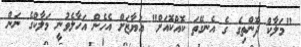
"މަލާކް ދޮންތިގެ ގެ އެނގޭތަ ކޮއްކޮއަށް" އަޔާޒަށް އެހެން އަހާލެވުނީ މަލާކްގެ ނަން